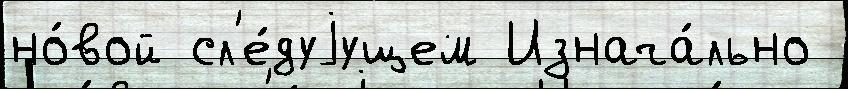
но́вой сл'е́дуjущем Изнача́льно